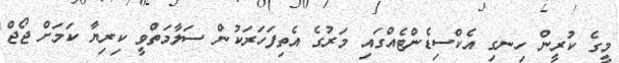
މީގެ ކުރީން ހިނގި އެކްސިޑެންޓެއްގައި މަރުގެ އެތިފަހަރަކުން ސަލާމަތްވީ ކިރިޔާ ކަމަށް ޖޯޖް